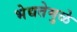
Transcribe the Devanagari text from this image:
भेद्यतेमुळे